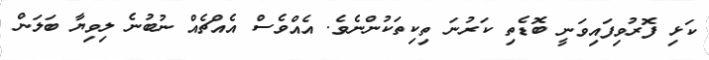
ކަޅި ފޮރުވިފައިވަނީ ބޮޑެތި ކަރުނަ ތިކިތަކުންނެވެ. އެއްވެސް އެއްޗެއް ނުބުނެ ލިވިޔާ ބަލަން